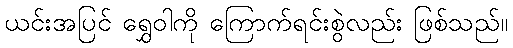
ယင်းအပြင် ရွှေဝါကို ကြောက်ရင်းစွဲလည်း ဖြစ်သည်။